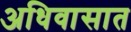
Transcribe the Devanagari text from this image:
अधिवासात